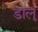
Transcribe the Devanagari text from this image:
डालूं